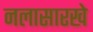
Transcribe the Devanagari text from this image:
नलासारखे